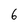
Character: 6